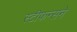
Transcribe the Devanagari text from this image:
स्टीफन्सने